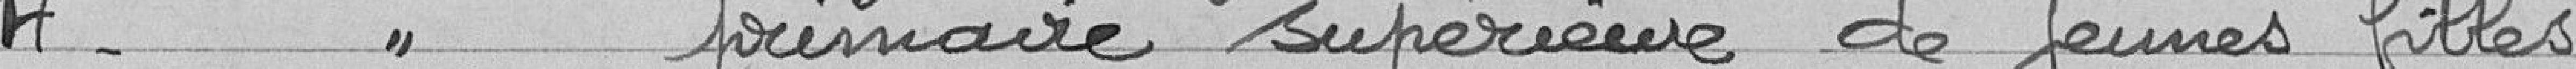
4° - Ecole primaire supérieure de jeunes filles